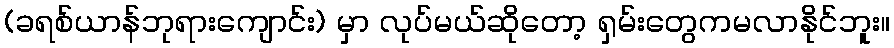
(ခရစ်ယာန်ဘုရားကျောင်း) မှာ လုပ်မယ်ဆိုတော့ ရှမ်းတွေကမလာနိုင်ဘူး။